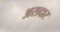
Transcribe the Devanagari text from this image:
अरादार